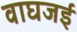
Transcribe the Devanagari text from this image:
वाघजई